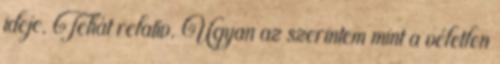
ideje. Tehát relatív. Ugyan az szerintem mint a véletlen